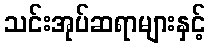
သင်းအုပ်ဆရာများနှင့်